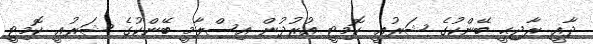
ދާޣީ ރާޖިޙީ ބޭންކުގެ ޝަރުޢީ ކޮމިޓީ އުރުދުން އިސްލާމީ ބޭންކުގެ ޝަރުޢީ ކޮމިޓީ